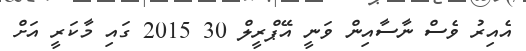
އެއިރު ވެސް ނާސާއިން ވަނީ އޭޕްރީލް 30 2015 ގައި މާކަރީ އަށް